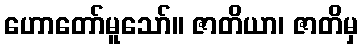
ဟောတော်မူသော်။ ဇာတိယာ၊ ဇာတိမှ